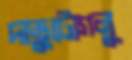
দাভুটোগলু